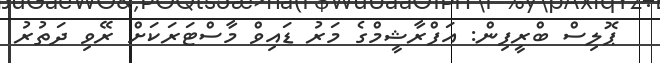
ޕޮލިސް ބްރީފިން: އަފްރާޝީމްގެ މަރު ޑައިވް މާސްޓަރަކަށް ރޭވި ދަތުރު